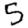
Digit: 5